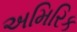
અમિરિક